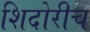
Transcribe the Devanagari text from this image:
शिदोरीच